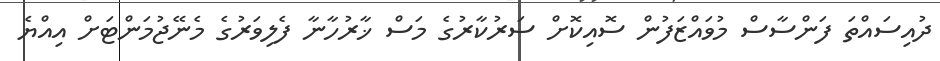
ދުއިސައްތަ ފަންސާސް މުވައްޒަފުން ސޮއިކޮށް ސަރުކާރުގެ މަސް ޚާރުހާނާ ފެލިވަރުގެ މެނޭޖުމަންޓަށް އިއްޔެ